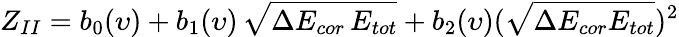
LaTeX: Z_{II}=b_{0}(\upsilon)+b_{1}(\upsilon)\, \sqrt{\Delta E_{cor}\, E_{tot}}+b_{2}(\upsilon)(\sqrt{\Delta E_{cor}E_{tot}})^{2}